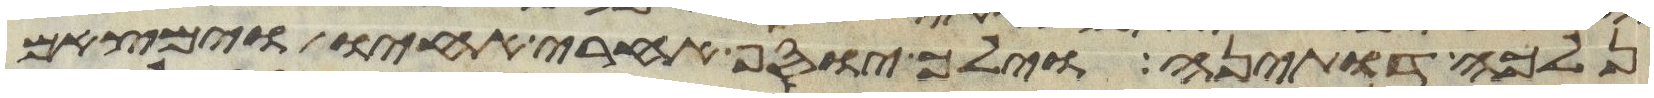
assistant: נלכה דותינה וילך יוסף אחרי אחיו וימצאם